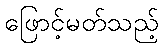
ဖြောင့်မတ်သည့်